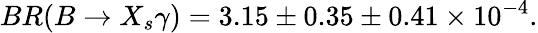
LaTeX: BR(B\to X_{s}\gamma)=3.15\pm 0.35\pm 0.41\times 10^{-4}.